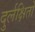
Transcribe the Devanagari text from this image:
दुर्लक्षितो